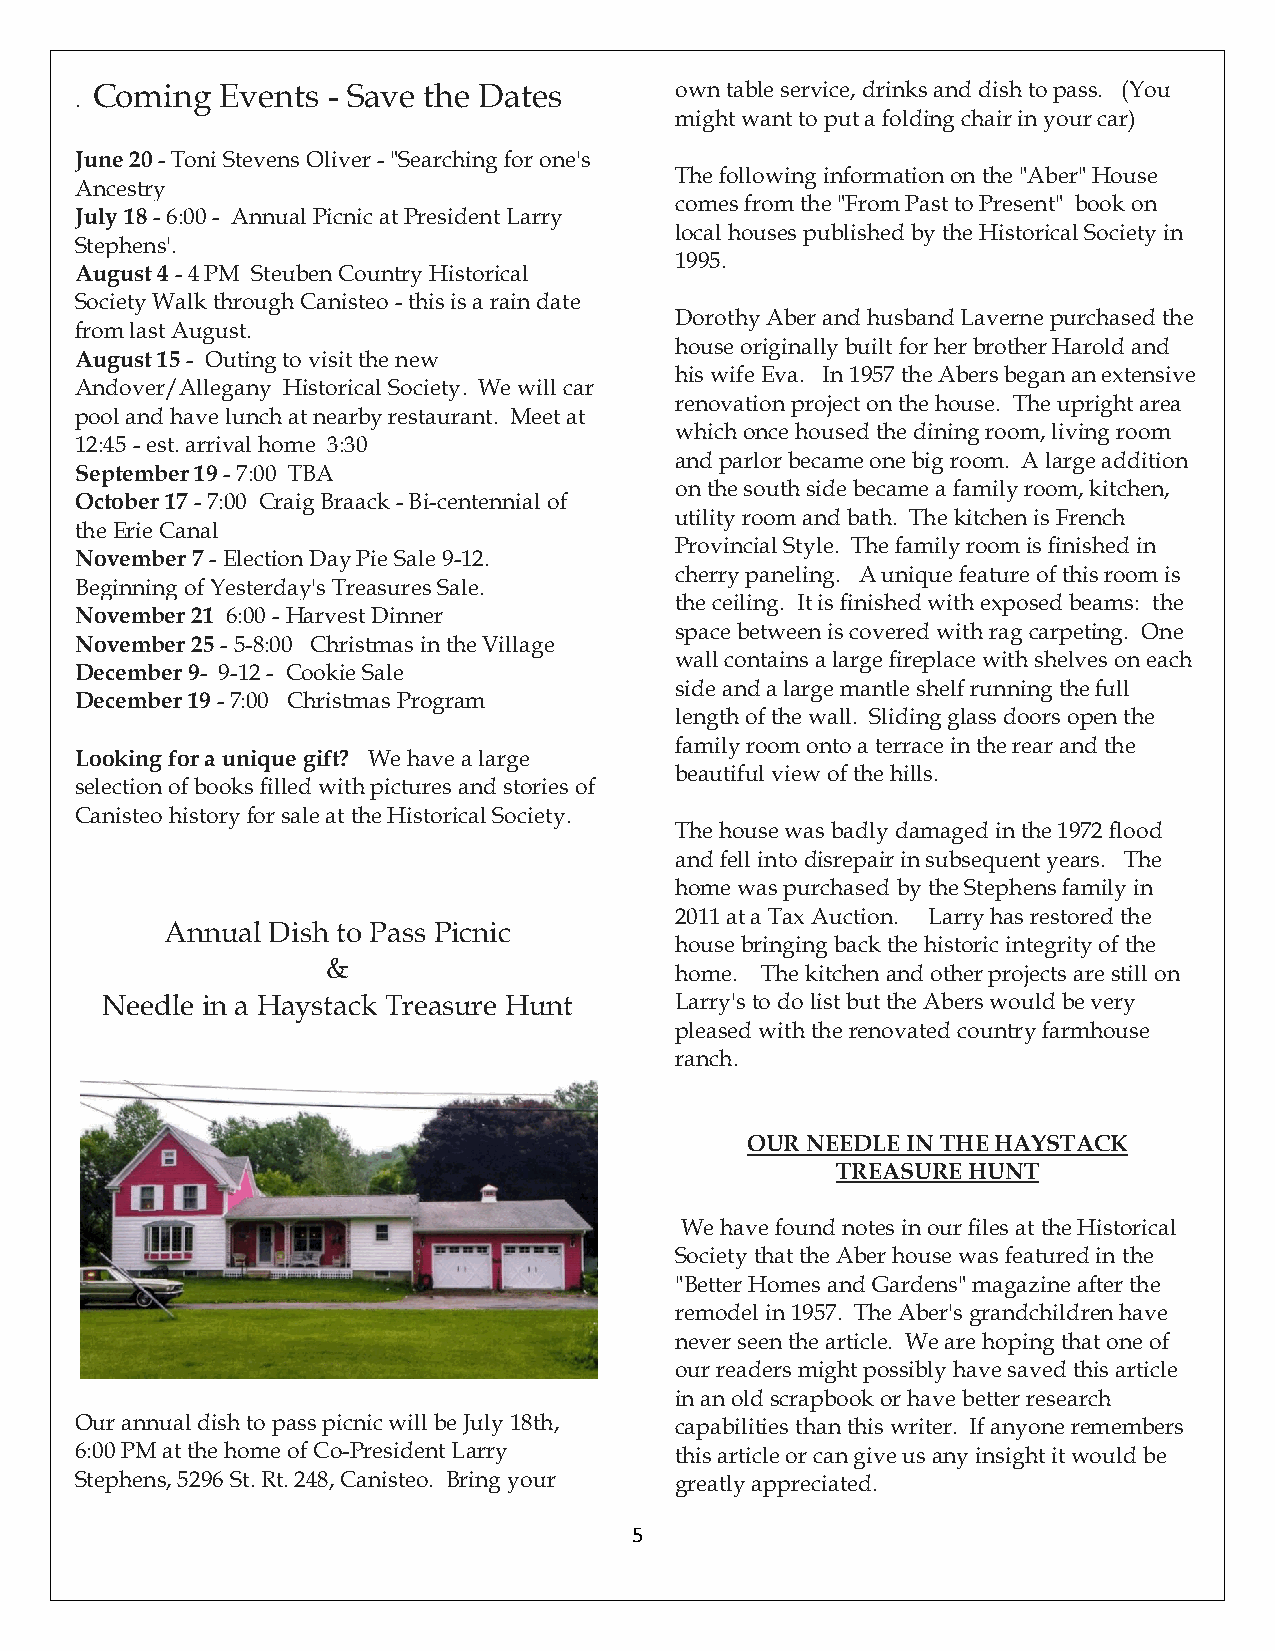
Coming   Events - Save the Dates       own table service, drinks and dish to pass. (You
 .
 might want to put a folding chair in your car)
 June 20 - Toni Stevens Oliver - "Searching for one's
 The following information on the "Aber" House
 Ancestry
 comes from the "From Past to Present" book on
 July 18 - 6:00 - Annual Picnic at President Larry
 local houses published by the Historical Society in
 Stephens'.
 1995.
 August 4 - 4 PM Steuben Country Historical
 Society Walk through Canisteo - this is a rain date
 Dorothy Aber and husband Laverne purchased the
 from last August.
 house originally built for her brother Harold and
 August 15 - Outing to visit the new
 his wife Eva. In 1957 the Abers began an extensive
 Andover/Allegany Historical Society. We will car
 renovation project on the house. The upright area
 pool and have lunch at nearby restaurant. Meet at
 which once housed the dining room, living room
 12:45 - est. arrival home 3:30
 and parlor became one big room. A large addition
 September 19 - 7:00 TBA
 on the south side became a family room, kitchen,
 October 17 - 7:00 Craig Braack - Bi-centennial of
 utility room and bath. The kitchen is French
 the Erie Canal
 Provincial Style. The family room is finished in
 November 7 - Election Day Pie Sale 9-12.
 cherry paneling. A unique feature of this room is
 Beginning of Yesterday's Treasures Sale.
 the ceiling. It is finished with exposed beams: the
 November 21 6:00 - Harvest Dinner
 space between is covered with rag carpeting. One
 November 25 - 5-8:00 Christmas in the Village
 wall contains a large fireplace with shelves on each
 December 9- 9-12 - Cookie Sale
 side and a large mantle shelf running the full
 December 19 - 7:00 Christmas Program
 length of the wall. Sliding glass doors open the
 family room onto a terrace in the rear and the
 Looking for a unique gift? We have a large
 beautiful view of the hills.
 selection of books filled with pictures and stories of
 Canisteo history for sale at the Historical Society.
 The house was badly damaged in the 1972 flood
 and fell into disrepair in subsequent years. The
 home was purchased by the Stephens family in
 2011 at a Tax Auction. Larry has restored the
 Annual Dish to Pass Picnic
 house bringing back the historic integrity of the
 &
 home. The kitchen and other projects are still on
 Needle in a Haystack Treasure Hunt    Larry's to do list but the Abers would be very
 pleased with the renovated country farmhouse
 ranch.
 OUR NEEDLE IN THE HAYSTACK
 TREASURE HUNT
 We have found notes in our files at the Historical
 Society that the Aber house was featured in the
 "Better Homes and Gardens" magazine after the
 remodel in 1957. The Aber's grandchildren have
 never seen the article. We are hoping that one of
 our readers might possibly have saved this article
 in an old scrapbook or have better research
 Our annual dish to pass picnic will be July 18th, capabilities than this writer. If anyone remembers
 6:00 PM at the home of Co-President Larry this article or can give us any insight it would be
 Stephens, 5296 St. Rt. 248, Canisteo. Bring your greatly appreciated.
 5